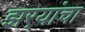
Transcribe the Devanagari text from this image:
झर्‍यांचा